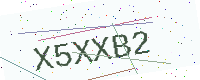
Text: X5XXB2